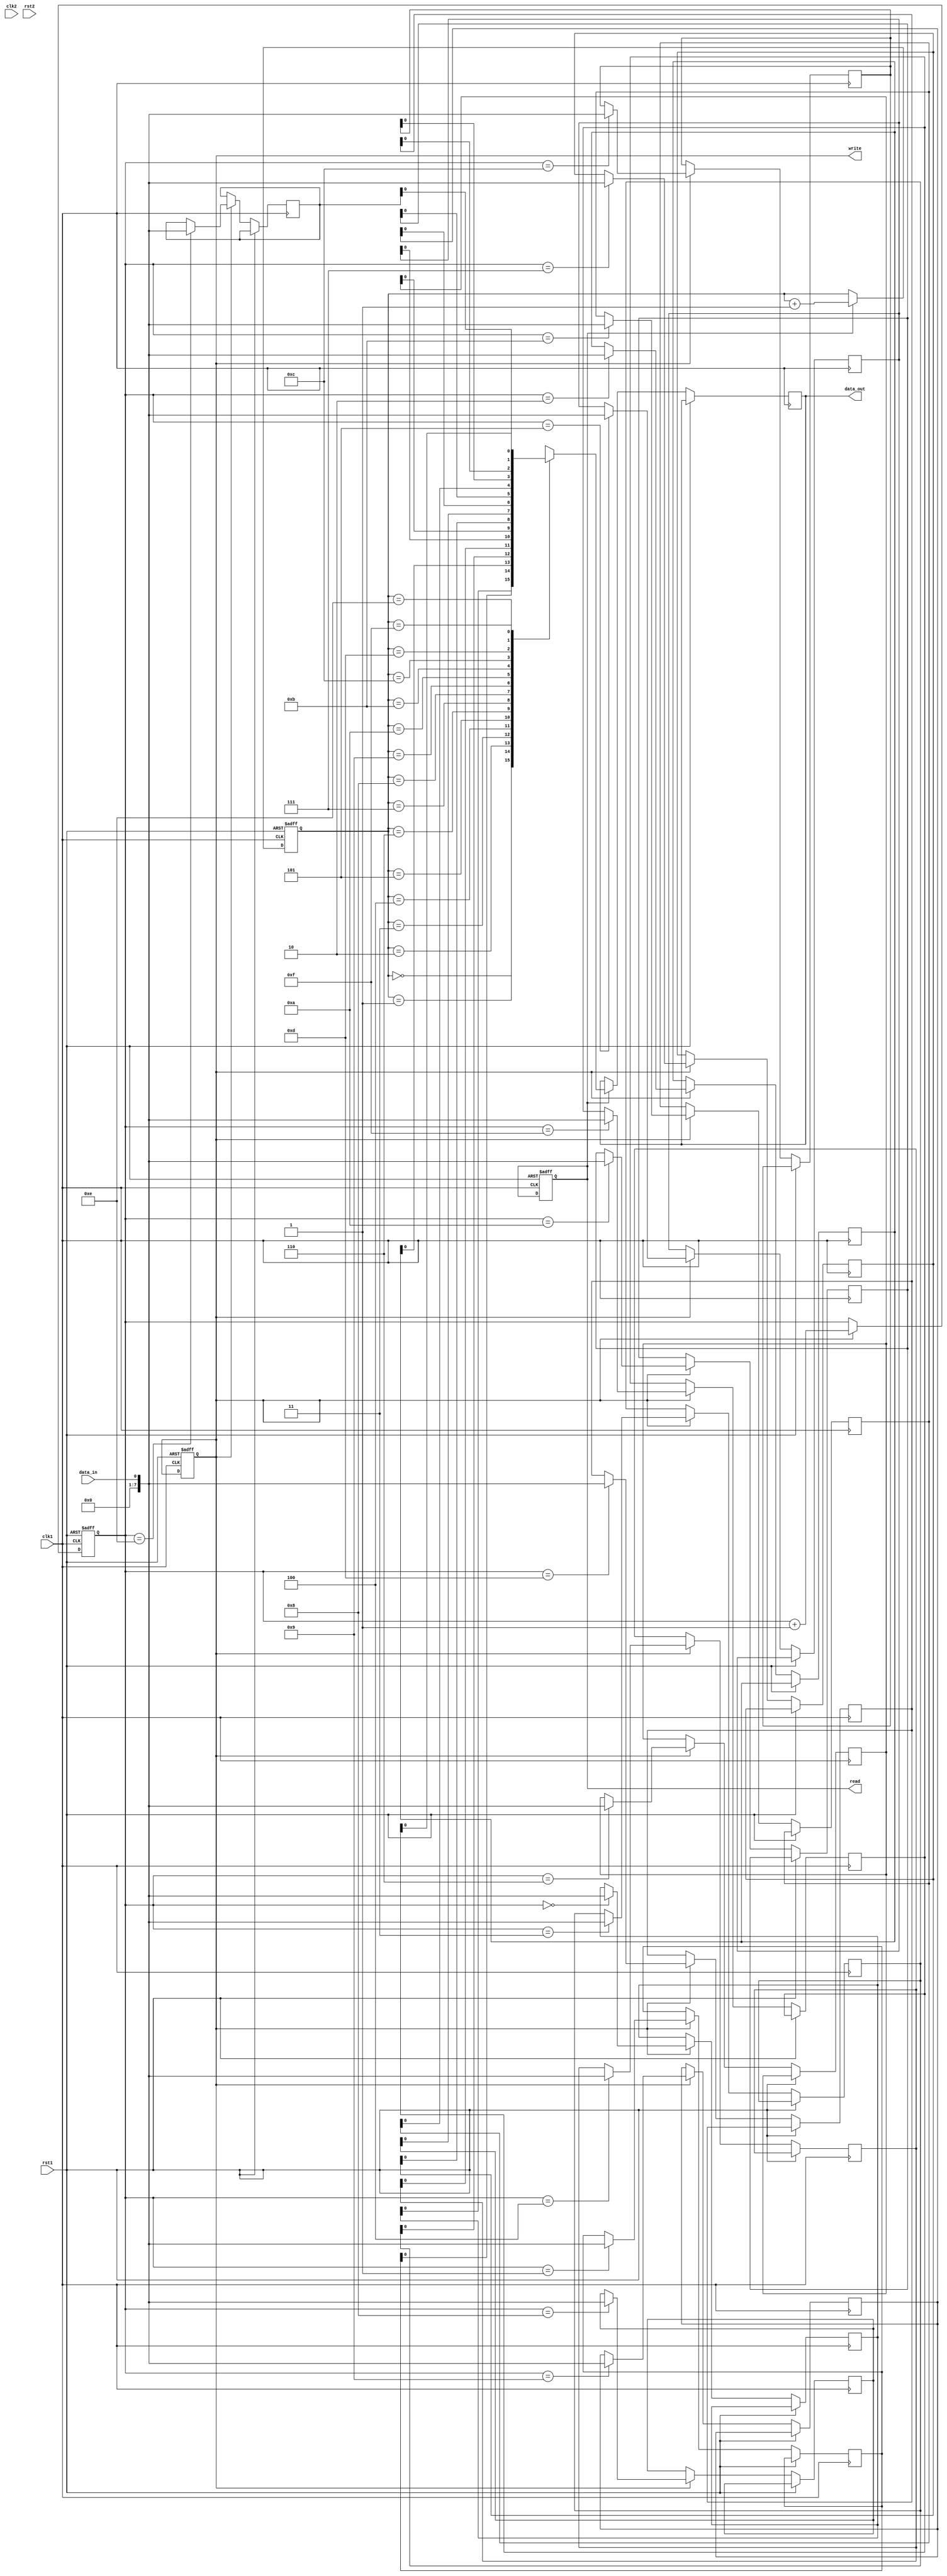
module async_fifo_sync (
    input wire clk1, // Clock signal for domain 1
    input wire rst1, // Reset signal for domain 1
    
    input wire clk2, // Clock signal for domain 2
    input wire rst2, // Reset signal for domain 2
    
    input wire data_in, // Input data signal
    output reg data_out, // Output data signal
    
    output reg read, // Read signal
    output reg write // Write signal
);

reg [7:0] fifo [0:15]; // FIFO buffer with 16 entries
reg [3:0] read_pointer, write_pointer; // Read and write pointers

always @(posedge clk1 or posedge rst1) begin
    if (rst1) begin
        read <= 0;
        write <= 0;
        read_pointer <= 0;
        write_pointer <= 0;
    end else begin
        if (read == 1) begin
            data_out <= fifo[read_pointer];
            read_pointer <= read_pointer + 1;
        end
        
        if (write == 1) begin
            fifo[write_pointer] <= data_in;
            write_pointer <= write_pointer + 1;
        end
    end
end

always @(posedge clk2 or posedge rst2) begin
    if (rst2) begin
        // Synchronization and error detection code can be added here
    end else begin
        // Synchronization and error detection code can be added here
    end
end

endmodule